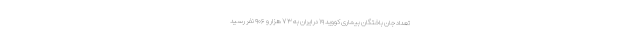
تعداد جان باختگان بیماری کووید ۱۹ در ایران به ۷۳ هزار و ۹۰۶ نفر رسید